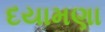
દયામણા